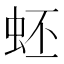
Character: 蚽